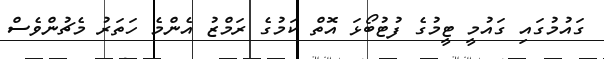
ގައުމުގައި ގައުމީ ޓީމުގެ ފުޓުބޯޅަ އޮތް ކަމުގެ ރަމްޒު އެންމެ ހަތަރު މެޗުންވެސް